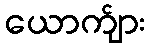
ယောက်ျား